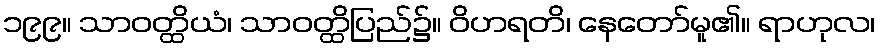
၁၉၉။ သာဝတ္ထိယံ၊ သာဝတ္ထိပြည်၌။ ဝိဟရတိ၊ နေတော်မူ၏။ ရာဟုလ၊